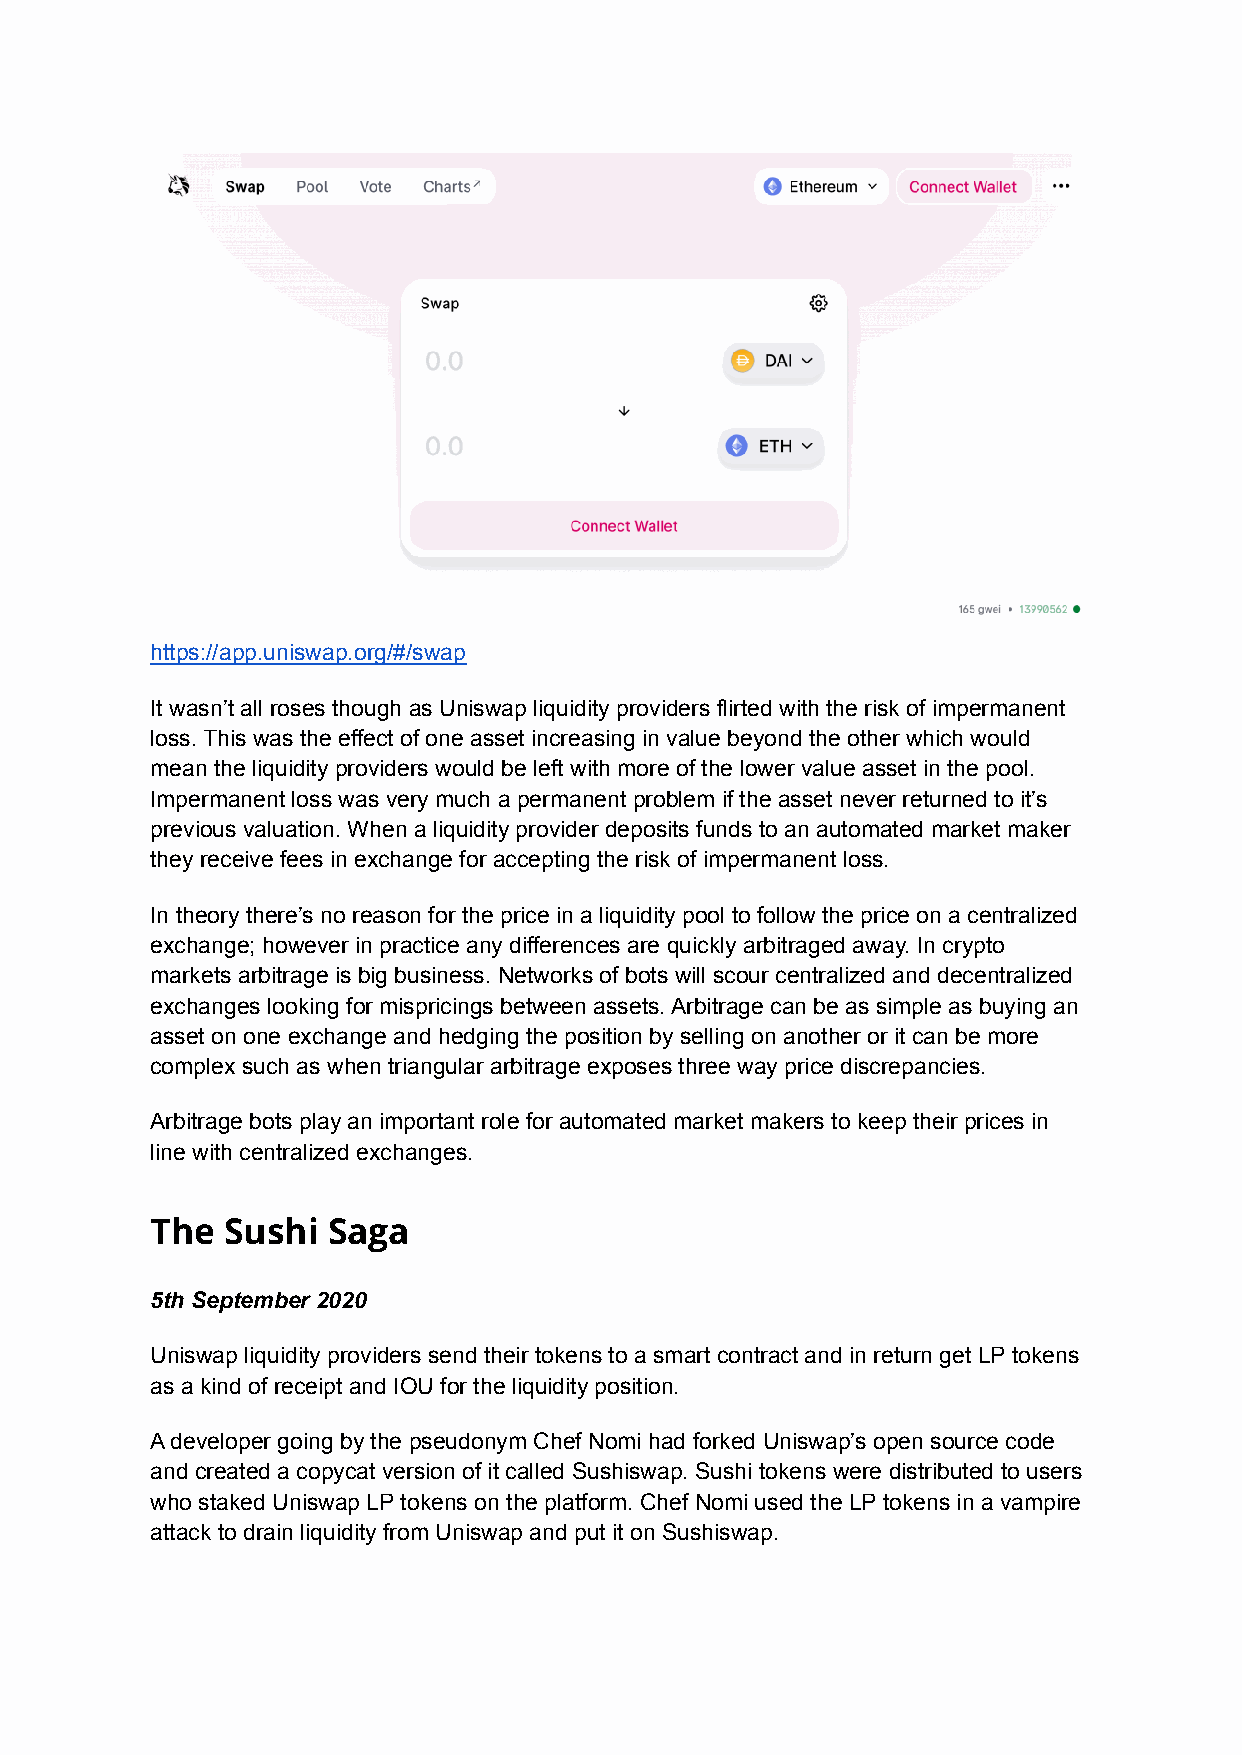
https://app.uniswap.org/#/swap
 It wasn’t all roses though as Uniswap liquidity providers flirted with the risk of impermanent
 loss. This was the effect of one asset increasing in value beyond the other which would
 mean the liquidity providers would be left with more of the lower value asset in the pool.
 Impermanent loss was very much a permanent problem if the asset never returned to it’s
 previous valuation. When a liquidity provider deposits funds to an automated market maker
 they receive fees in exchange for accepting the risk of impermanent loss.
 In theory there’s no reason for the price in a liquidity pool to follow the price on a centralized
 exchange; however in practice any differences are quickly arbitraged away. In crypto
 markets arbitrage is big business. Networks of bots will scour centralized and decentralized
 exchanges looking for mispricings between assets. Arbitrage can be as simple as buying an
 asset on one exchange and hedging the position by selling on another or it can be more
 complex such as when triangular arbitrage exposes three way price discrepancies.
 Arbitrage bots play an important role for automated market makers to keep their prices in
 line with centralized exchanges.
 The  Sushi  Saga
 5th September 2020
 Uniswap liquidity providers send their tokens to a smart contract and in return get LP tokens
 as a kind of receipt and IOU for the liquidity position.
 A developer going by the pseudonym Chef Nomi had forked Uniswap’s open source code
 and created a copycat version of it called Sushiswap. Sushi tokens were distributed to users
 who staked Uniswap LP tokens on the platform. Chef Nomi used the LP tokens in a vampire
 attack to drain liquidity from Uniswap and put it on Sushiswap.